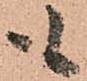
も